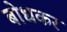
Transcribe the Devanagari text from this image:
बोधकर